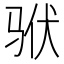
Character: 𱅎